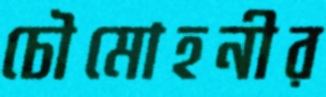
চৌমোহনীর